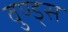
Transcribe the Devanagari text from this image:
वुण्ड्स